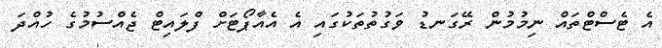
އެ ޓެސްޓްތައް ނިމުމުން ރޭގަނޑު ވަގުތުތަކުގައި އެ އެއާޕޯޓަށް ފްލައިޓް ޖެއްސުމުގެ ހުއްދަ